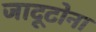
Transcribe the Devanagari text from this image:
जादूटोना